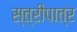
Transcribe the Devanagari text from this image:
स्त्रीपात्र